Medical and sanitary report of the native army of Madras for the year
Year: 1872
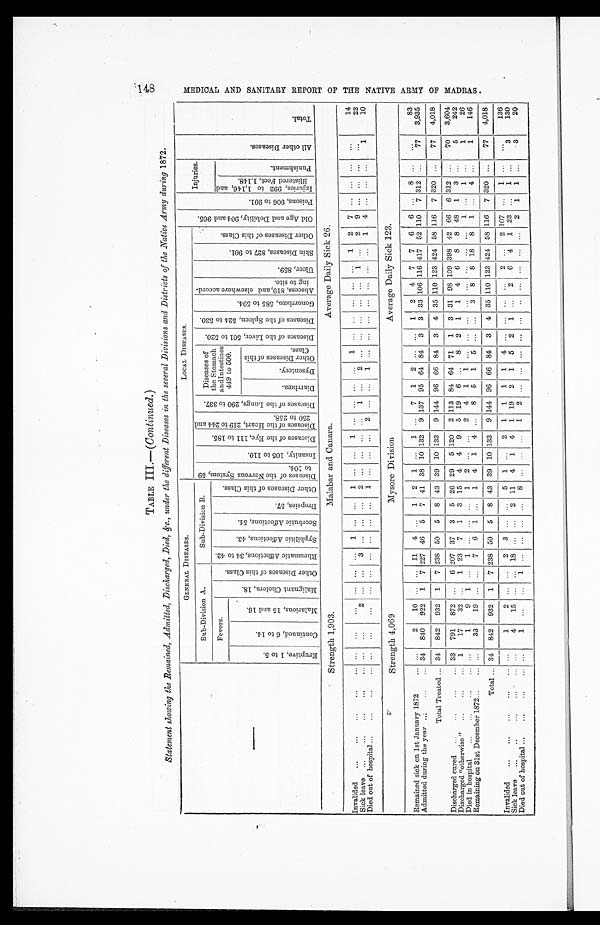
TABLE III.— ( Continued. )
Statement showing the Remained, Admitted, Discharged, Died, &c., under the different Diseases in the several Divisions and Districts of the Native Army during 1872.
GENERAL DISEASES.
LOCAL DISEASES.
O l d A g e a n d D e b i l i t y , 9 0 4 a n d 9 0 5 .
p o i s o n s , 9 0 6 t o 9 9 1 .
Injuries.
A l l o t h e r D i s e a s e s .
Tot al .
Sub-Division A.
Sub-Division B. D i s e a s e s o f t h e N e r v o u s S y s t e m , 5 9
I n s a n i t y , 1 0 5 t o 1 1 0 .
D i s e a s e s o f t h e E y e , 1 1 1 t o 1 8 5 .
D i s e a s e s o f t h e H e a r t , 2 1 9 t o 2 4 4 a n d 2 5 0 t o 2 5 8 . D i s e a s e s o f t h e L u n g s , 2 9 0 t o 3 3 7 . Diseases of
the Stomach
and Intestines
449 to 500.
D i s e a s e s o f t h e L i v e r , 5 0 1 t o 5 2 0 . D i s e a s e s o f t h e S p l e e n , 5 2 4 t o 5 3 0 .
G o n o r r h œ a , 5 8 5 t o 5 9 4 .
A b s c e s s , 8 1 9 , a n d e l s e w h e r e a c c o r d -
i n g t o s i t e .
Ul c e r , 8 5 9 .
S k i n D i s e a s e s , 8 2 7 t o 9 0 1 .
O t h e r D i s e a s e s o f t h i s C l a s s .
Fevers.
M a l i g n a n t C h o l e r a , 1 8 .
O t h e r D i s e a s e s o f t h i s C l a s s .
R h e u m a t i c A f f e c t i o n s , 3 4 t o 4 2 .
S y p h i l i t i c A f f e c t i o n s , 4 3 . S c o r b u t i c A f f e c t i o n s , 5 4 .
D r o p s i e s , 5 7 .
O t h e r D i s e a s e s o f t h i s C l a s s .
I n j u r i e s , 9 9 2 t o 1 , 1 4 6 , a n d B l i s t e r e d F e e t , 1 , 1 4 8 .
P u n i s h m e n t .
E r u p t i v e , 1 t o 5 . C o n t i n u e d , 6 t o 1 4 .
M a l a r i o u s , 1 5 a n d 1 6 .
D i a r r h œ a . D y s e n t e r y .
O t h e r D i s e a s e s o f t h i s C l a s s .
Strength 1,903.
Malabar and Canara.
Average Daily Sick 26.
Invalided ... ... ... ... ...
... ... ... ... ... ... 1 ... ... 1 ... ... 1 ... ... ... ... 1
... ... ... ... ... 1 2 7 ... ... ... ...
14
Si ck l eave . . . . . . . . . . . . . . .
... ... 2
... ... 3 ... ... ... 2
... ... ... ...
1 ... 2 ... ... ... ... ... 1 ... 2 9 ... ... ... ...
22
Died out of hospital ...
...
...
... ... ... ... ... ... ... ... ... ...
1 ... ... ... 2 ... ... 1 ... ... ... ... ... ... ... 1 4 ... ... ...
1
10
Strength 4,069
Mysore Division
Average Daily Sick 123.
Remained sick on 1st January 1872 ...
...
2
10 ... ... 11 4 ... 1 2 1 ... 1 ... 7 1 2 ... ... 1 2 4 7 7 6 6 ... 8 ... ...
83
Admitted during the year ...
. . . . . .
34 840 922 1 7 227 46 5 7 41 38 10 132 9 137 95 64 84 3 3 33 106 116 417 52 110 7 312 ...
77 3,935
Total Treated ... 34 842 932 1 7 238 50 5 8 43 39 10 133 9 144 96 66 84 3 4 35 110 123 424 58 116 7 320 ...
77 4,018
Discharged cured ...
...
... ... 33 791 872 ... 6 207 37 3 5 26 29 5 120 2 113 84 64 71 1 3 31 98 109 398 42 66 6 312 ...
70 3,604
Discharged "otherwise" ...
... 1
17
32 ... 1 23 7 1 3 15 4 4 9 5 19 6 ... 8 2 1 1 4 6 8 8 48 1 3 ...
5
242
Died in hospital
...
...
...
...
1 9
1 ... 1 ... ... ... 1
2 ... ... 2 4 1 1 ... ... ... ... ... ... ... ...
1 ... 1 ...
1
26
Remaining on 31st December 1872... ...
...
33
19 ... ... 7 6 1 ... 1 4 1 4 ... 8 5 1 5 ... ... 3 8 8 18 8 1 ... 4 ...
1
146
Total ... 34 842 932 1 7 238 50 5 8 43 39 10 133 9 144 96 66 84 3 4 35 110 123 424 58 116 7 320 ... 77 4,018
Invalided ... ... ... ...
...
1
2 ... ... 2 3 ... ... 5 1 ... 2 1 1 1 1 4 ... ... ... ... 2 ... 2 107 ... 1 ... ...
136
Sick leave ... . . . . . . . . . . .
...
4 15 ... ... 18 ... ... 2 11 4 1 4 1 19 2 1 5 2 1 ... 2
6 4 1 23 ... 1 ...
3
130
Died out of hospital ...
...
...
... 1
... ... 1 ... ... ... ... 8 ... ... ... 1 2 ... ... ... ... ... ... ... ... ... ... 2 1 1 ...
3
20
1 4 8 M E D I C A L A N D S A N I T A R Y R E P O R T O F T H E N A T I V E A R M Y O F M A D R A S .